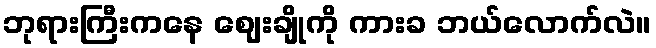
ဘုရားကြီးကနေ ဈေးချိုကို ကားခ ဘယ်လောက်လဲ။